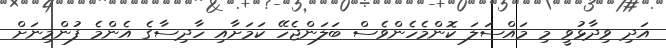
އަދި ވިދާޅުވީ މި މައްސަލަ ކޮންމެހެންވެސް ބަލަންޖެހޭ ކަމަށާއި ހާދިސާގެ އެންމެ ފުންމިނަށް